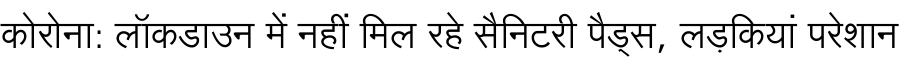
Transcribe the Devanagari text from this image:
कोरोना: लॉकडाउन में नहीं मिल रहे सैनिटरी पैड्स, लड़कियां परेशान